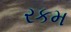
રકમ